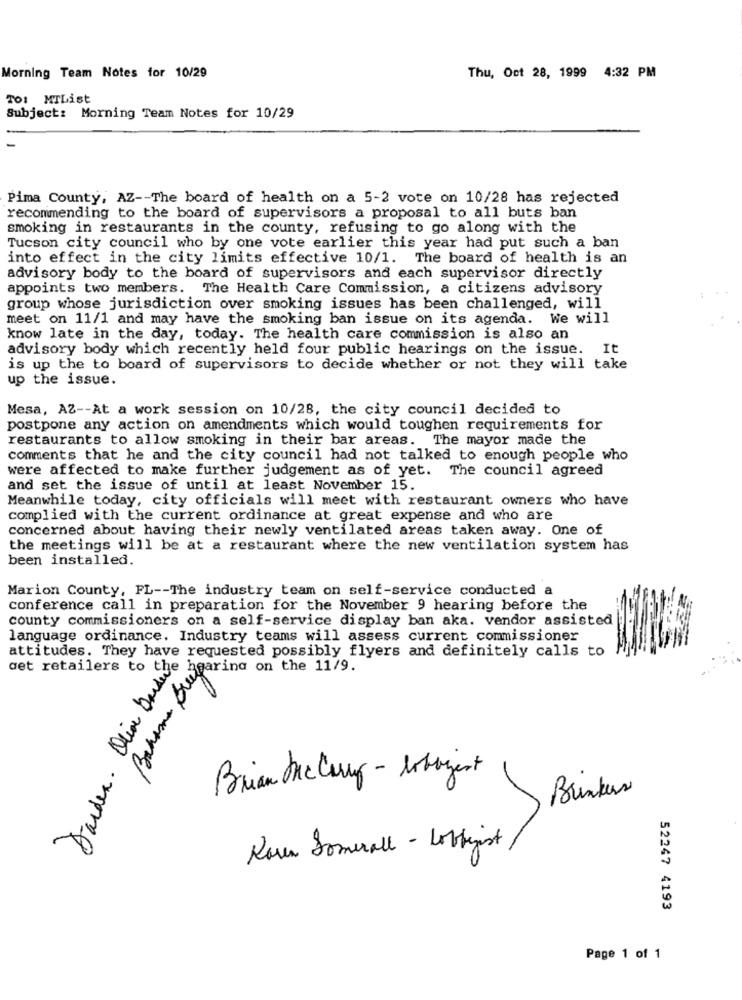
Morning Team Notes for 10/29
Thu, Oct 28, 1999 4:32 PM
TO: MTList
Subject: Morning Team Notes for 10/29
Pima County, AZ -- The board of health on a 5-2 vote on 10/28 has rejected
recommending to the board of supervisors a proposal to all buts ban
smoking in restaurants in the county, refusing to go along with the
Tucson city council who by one vote earlier this year had put such a ban
into effect in the city limits effective 10/1. The board of health is an
advisory body to the board of supervisors and each supervisor directly
appoints two members. The Health Care Commission, a citizens advisory
group whose jurisdiction over smoking issues has been challenged, will
meet on 11/1 and may have the smoking ban issue on its agenda. We will
know late in the day, today. The health care commission is also an
advisory body which recently held four public hearings on the issue. It
is up the to board of supervisors to decide whether or not they will take
up the issue.
Mesa, AZ -- At a work session on 10/28, the city council decided to
postpone any action on amendments which would toughen requirements for
restaurants to allow smoking in their bar areas. The mayor made the
comments that he and the city council had not talked to enough people who
were affected to make further judgement as of yet. The council agreed
and set the issue of until at least November 15.
Meanwhile today, city officials will meet with restaurant owners who have
complied with the current ordinance at great expense and who are
concerned about having their newly ventilated areas taken away. One of
the meetings will be at a restaurant where the new ventilation system has
been installed.
Marion County, FL -- The industry team on self-service conducted a
conference call in preparation for the November 9 hearing before the
county commissioners on a self-service display ban aka. vendor assisted
language ordinance. Industry teams will assess current commissioner
attitudes. They have requested possibly flyers and definitely calls to
Darden . Olio bordet.
get retailers to the
Bahama Ping POSP 11
Brian Mc Curry - lobbyest
Brinkes
Rosen Somerall - Lobbyist
52247 4193
Page 1 of 1